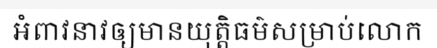
អំពាវនាវឲ្យមានយុត្តិធម៌សម្រាប់លោក